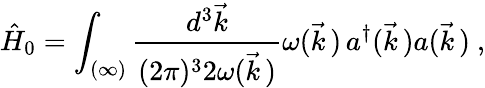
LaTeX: \hat{H}_{0}=\int_{(\infty)}\frac{d^{3}\vec{k}}{(2\pi)^{3}2\omega(\vec{k}\, )}\omega(\vec{k}\, )\, a^{\dagger}(\vec{k}\, )a(\vec{k}\, )\ ,